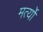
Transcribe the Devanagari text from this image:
मर्त्यों